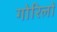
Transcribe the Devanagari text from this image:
गोरिलों